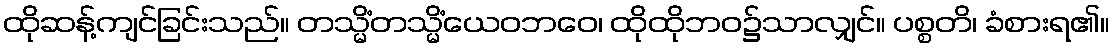
ထိုဆန့်ကျင်ခြင်းသည်။ တသ္မိံတသ္မိံယေဝဘဝေ၊ ထိုထိုဘဝ၌သာလျှင်။ ပစ္စတိ၊ ခံစားရ၏။